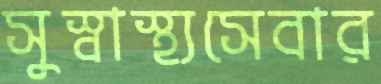
সুস্বাস্থ্যসেবার